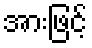
အားဖြင့်